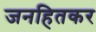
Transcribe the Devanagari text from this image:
जनहितकर